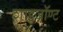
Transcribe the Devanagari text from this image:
शाइज़ॉण्ट